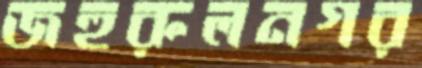
জহুরুলনগর